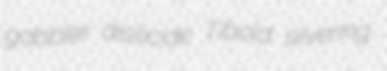
gabbler disilicide Tibold silvering